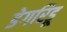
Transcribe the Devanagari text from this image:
डेगरिडू